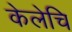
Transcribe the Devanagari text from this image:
केलेचि